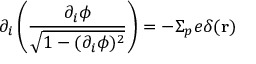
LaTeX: \partial _ { i } \left( \frac { \partial _ { i } \phi } { \sqrt { 1 - ( \partial _ { i } \phi ) ^ { 2 } } } \right) = - \Sigma _ { p } e \delta ( { \bf r } )